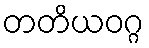
တတိယဝဂ္ဂ